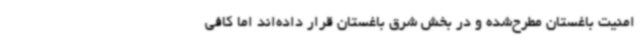
امنیت باغستان مطرح‌شده و در بخش شرق باغستان قرار داده‌اند اما کافی